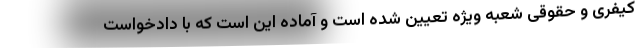
کیفری و حقوقی شعبه ویژه تعیین شده است و آماده این است که با دادخواست